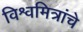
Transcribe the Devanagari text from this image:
विश्वमित्रांचे